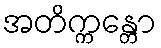
အတိက္ကန္တော